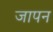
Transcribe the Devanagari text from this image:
जापन